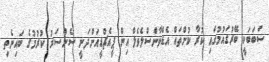
ސަބަބަކީ ބޭރުގައުމުގައި ކުރާ ކުށްތައް އެޑްވާންސްލެވެލް އިން ޕީއެޗްޑީއަށްދަނީ ސެންސަރު ކުރުމުގެ ބައިނެތި